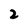
Character: 2